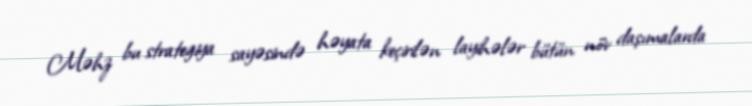
Məhz bu strategiya sayəsində həyata keçirilən layihələr bütün növ daşımalarda